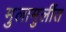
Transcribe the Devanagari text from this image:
मुलामुलींत